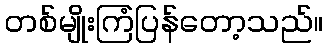
တစ်မျိုးကြံပြန်တော့သည်။